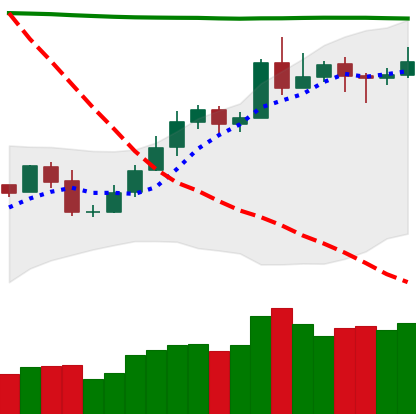
Ticker: NEO-USD
Chart end date: 2020-05-06
Forward return: 4.095%
Label: up_3_5